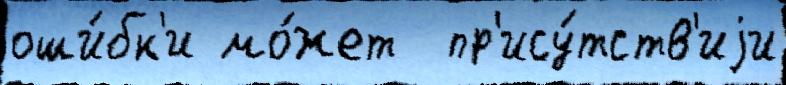
оши́бк'и мо́жет  пр'ису́тств'иjи